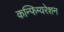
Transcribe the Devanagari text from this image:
कन्फिग्यरेशन